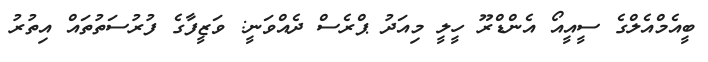
ބީއެމްއެލްގެ ސީއީއޯ އެންޑްރޫ ހީލީ މިއަދު ޕްރެސް ދެއްވަނީ: ވަޒީފާގެ ފުރުސަތުތައް އިތުރު